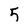
Character: 5